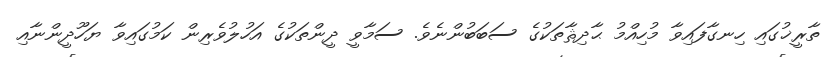
ތާރީޚުގައި ހިނގާފައިވާ މުހިއްމު ޙާދިޘާތަކުގެ ސަބަބުންނެވެ. ސަމާވީ ދީންތަކުގެ އަހުލުވެރިން ކަމުގައިވާ ޔަހޫދީންނާއި